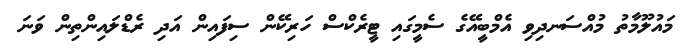
މައުލޫމާތު މުއްސަނދިވި އެމްބީއޭގެ ސެމީގައި ޓީރެކްސް ހަރިކޭން ސިފައިން އަދި ރެޑްލައިންތިން ވަނަ